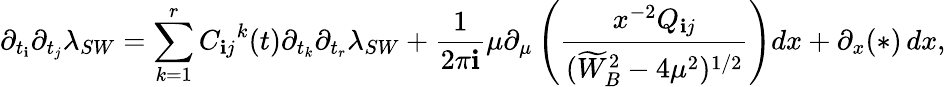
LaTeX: \partial_{t_{\mathbf{i}}}\partial_{t_{j}}\lambda_{SW}=\sum_{k=1}^{r}{C_{\mathbf{i}j}}^{k}(t)\partial_{t_{k}}\partial_{t_{r}}\lambda_{SW}+{\frac{{1}}{{2\pi\mathbf{i}}}}\mu\partial_{\mu}\left({\frac{{x^{-2}Q_{\mathbf{i}j}}}{{(\widetilde{{W}}_{B}^{2}-4\mu^{2})^{1/2}}}}\right)dx+\partial_{x}(*)\, dx,